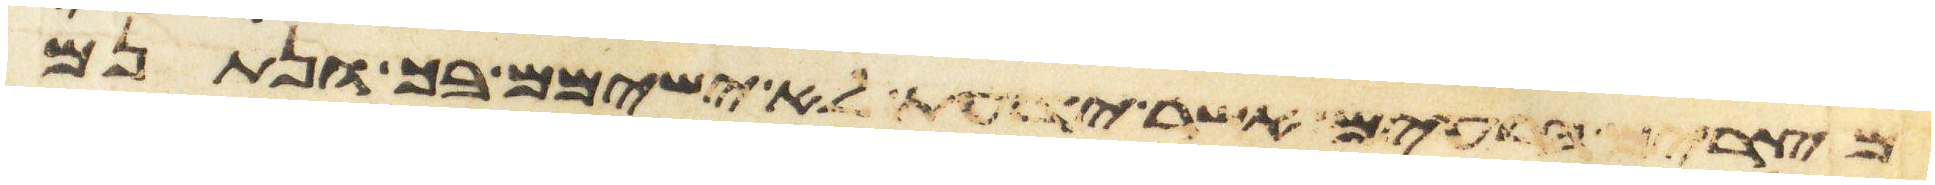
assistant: מצרים הרעים אשר ידעת לא ישימם בך ונתנם